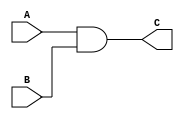
module AND_gate(
    input wire [2:0] A,
    input wire [2:0] B,
    output wire[2:0] C
);

assign C = A & B;

endmodule

module OR_gate(
    input wire [2:0] A,
    input wire [2:0] B,
    output wire [2:0] C
);

assign C = A | B;

endmodule